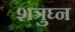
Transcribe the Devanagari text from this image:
शत्रुघ्‍न